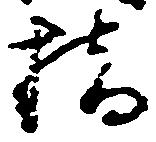
橋